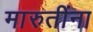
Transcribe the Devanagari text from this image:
मारुतींना